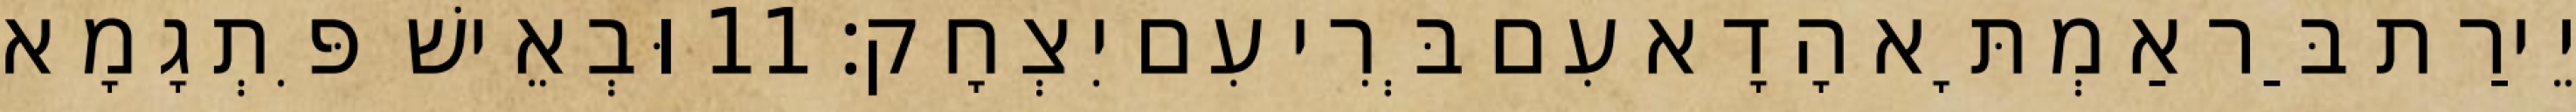
יֵירַת בַּר אַמְתָּא הָדָא עִם בְּרִי עִם יִצְחָק׃ 11 וּבְאֵישׁ פִּתְגָמָא